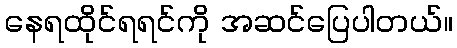
နေရထိုင်ရရင်ကို အဆင်ပြေပါတယ်။